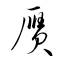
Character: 贋